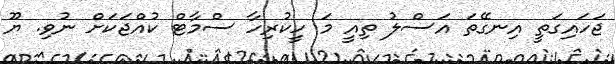
ޖަހައިގަތީ އިނގޭތަ އަސްލު ތިއީ މަ ހީކުރިހާ ސްމާޓް ކުއްޖަކަށް ނުވި. ޔޫ